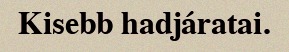
Kisebb hadjáratai.